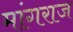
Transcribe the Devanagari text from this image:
मांगराज